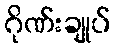
ဂိုဏ်းချုပ်